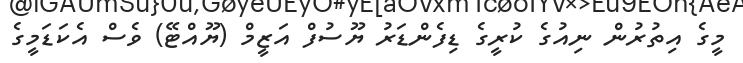
މީގެ އިތުރުން ނިއުގެ ކުރީގެ ޑިފެންޑަރު ޔޫސުފް އަޒީމް (ޔޫއްޓޭ) ވެސް އެކަޑަމީގެ